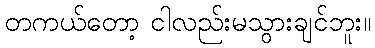
တကယ်တော့ ငါလည်းမသွားချင်ဘူး။